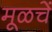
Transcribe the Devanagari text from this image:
मूळचें